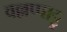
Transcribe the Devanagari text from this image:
वल्लप्पाट्टु